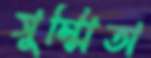
সুম্মিতা